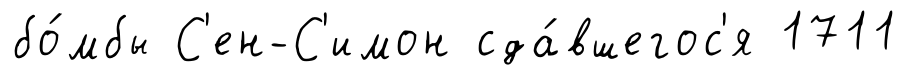
бо́мбы С'ен-С'имон сда́вшегос'я 1711